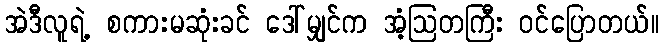
အဲဒီလူရဲ့ စကားမဆုံးခင် ဒေါ်မျှင်က အံ့ဩတကြီး ဝင်ပြောတယ်။